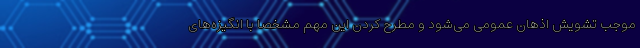
موجب تشویش اذهان عمومی می‌شود و مطرح کردن این مهم مشخصاً با انگیزه‌های